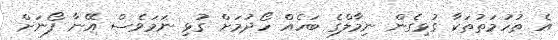
އެ ތުހުމަތުތަކާ ގުޅިގެން ނިމާލްގެ ބަހެއް ހޯދުމަށް ގުޅި ނަމަވެސް އޭނާ ފޯނަށް